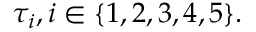
\tau _ { i } , i \in \{ 1 , 2 , 3 , 4 , 5 \} .